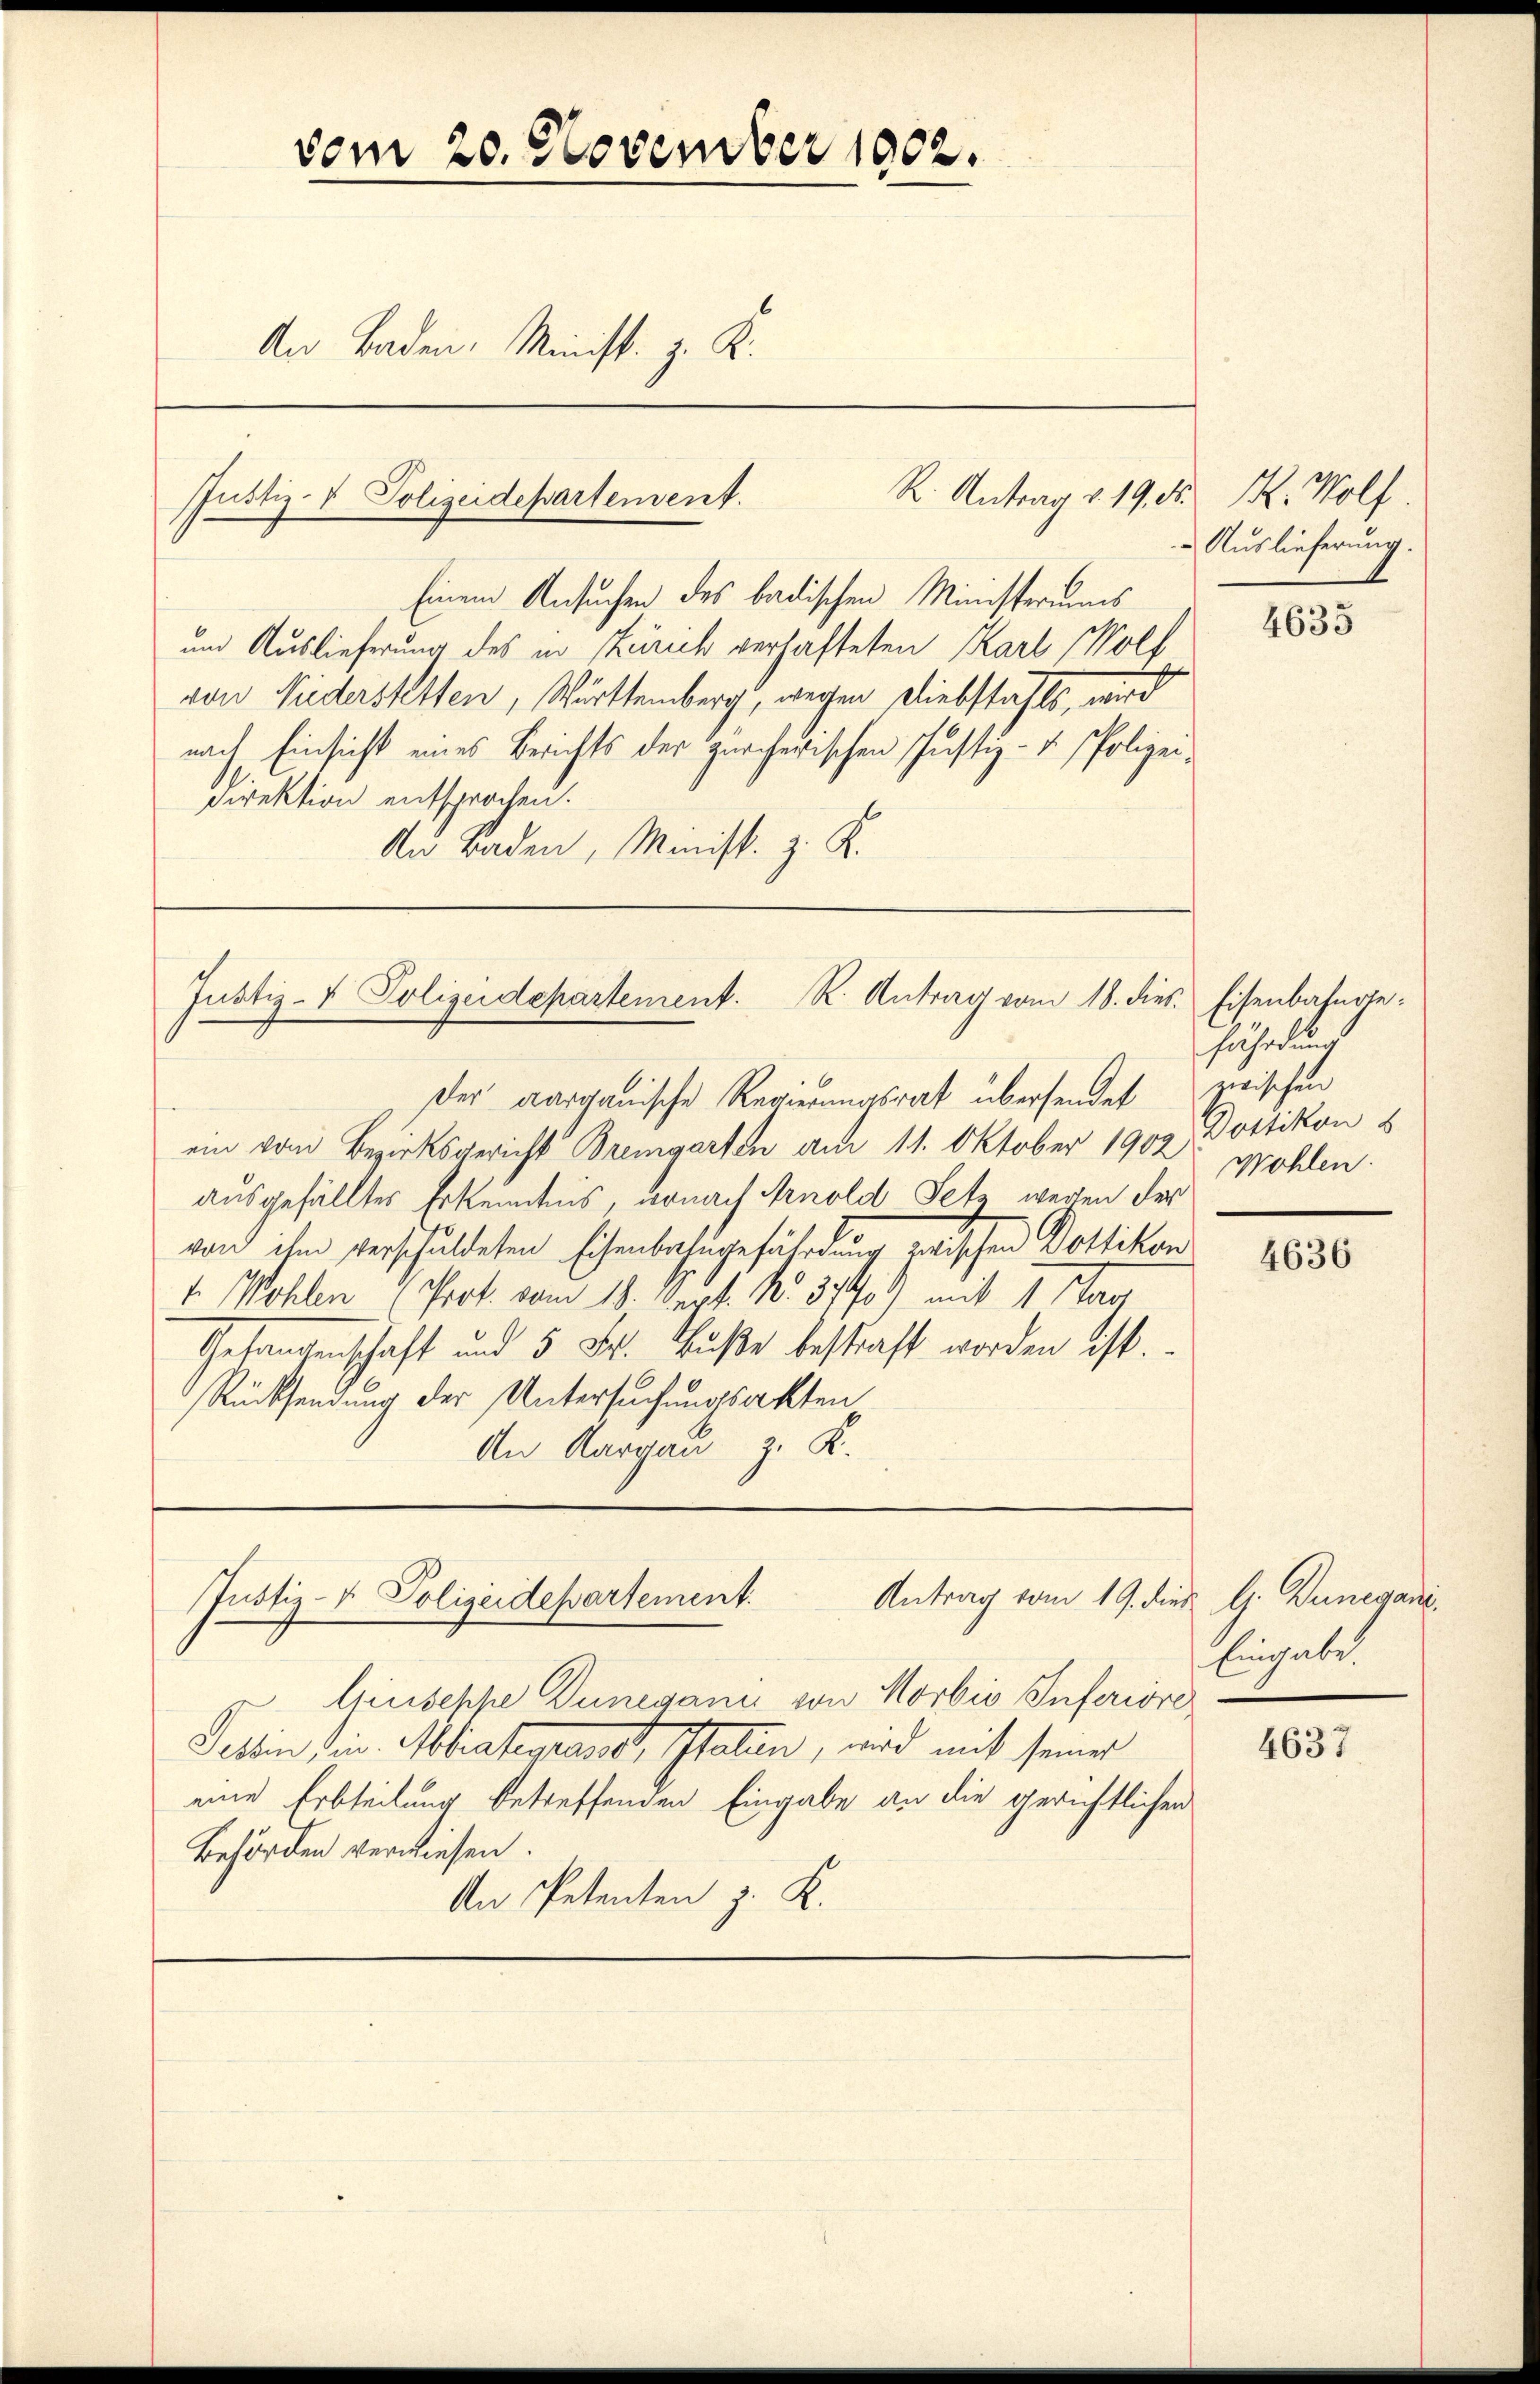
vom 20. November 1902.
An Baden Minist. z. K.

JJustiz- & Polizeidepartement.

Einem Ansuchen des badischen Ministerums
und Auslieferung des in Zürich verhafteten Karl Wolf
von Niederstetten, Württemberg, wegen Diebstahls, wird
nach Einsicht eines Berichts der zürcherischen Justiz- u. Polizeidirektion entsprochen.
An Baden, Minist. z. K.

Der aargauische Regierungsrat übersendet
ein vom Bezirksgericht Bremgarten am 11. Oktober 1902
ausgefälltes Erkenntnis, wonach Arnold Setz wegen der
von ihm verschuldeten Eisenbahngefährdung gerischen Dottikon
1. Wohlen (Prof. vom 18. Sept. No. 370) mit 1 Stag
Gefangenschaft und 5 Fr. Buße bestraft worden ist.
Rücksendung der Untersuchungsakten
An Aargau, z. K.

Justiz- & Polizeidepartement. R. Antrag vom 18. dies. Eisenbahnge¬

Antrag vom 19. dies G. Bunegani
Justiz- & Polizeidepartement.

R. Antrag v. 19. d. R. Wolf.

Auslieferung.
4635

Ginischpe Dunegann von Horbis Inferiore
Pettin dein Mediatengernet, staten, wird mit seiner
eine Erbteilung betreffenden Eingabe an die gerichtlichen
Behörden verwiesen.
An Petenten z. K.

fährdung
zwischen
Dottikon s
Wohlen.

4636

Eingabe

4637